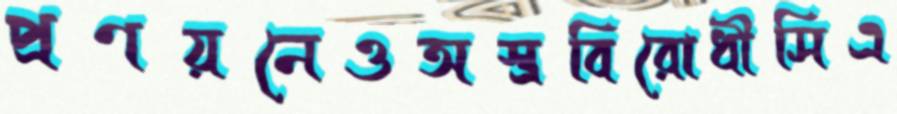
প্রণয়নেওঅস্ত্রবিরোধীসিএ